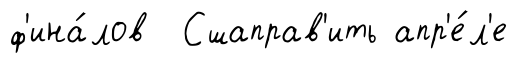
ф'ина́лов Сшаправ'ить апр'е́л'е